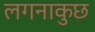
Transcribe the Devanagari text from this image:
लगनाकुछ